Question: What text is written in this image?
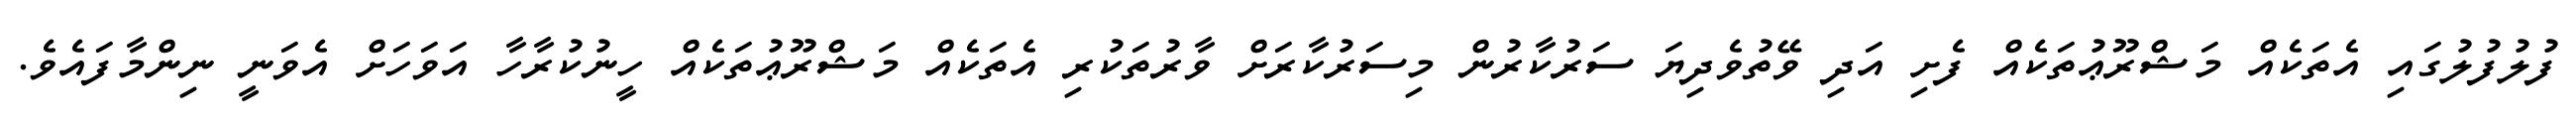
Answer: ފުލުފުލުގައި އެތަކެއް މަޝްރޫޢުތަކެއް ފެށި އަދި ވޭތުވެދިޔަ ސަރުކާރުން މިސަރުކާރަށް ވާރުތަކުރި އެތަކެއް މަޝްރޫޢުތަކެއް ހީނުކުރާހާ އަވަހަށް އެވަނީ ނިންމާފައެވެ.